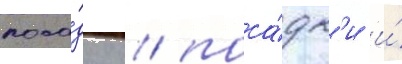
поса́дку / поса́дк'и и́